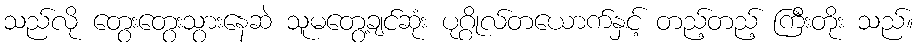
သည်လို တွေးတွေးသွားနေဆဲ သူမတွေ့ချင်ဆုံး ပုဂ္ဂိုလ်တယောက်နှင့် တည့်တည့် ကြီးတိုး သည်။